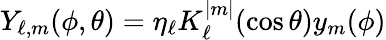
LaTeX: Y_{\ell,m}(\phi,\theta)=\eta_{\ell}K_{\ell}^{|m|}(\cos\theta)y_{m}(\phi)